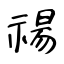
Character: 禓